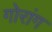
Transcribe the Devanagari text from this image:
गोरांग